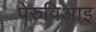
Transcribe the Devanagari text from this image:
पेरुविआइ